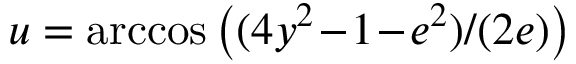
u = \operatorname { a r c c o s } \big ( ( 4 y ^ { 2 } \! - \! 1 \! - \! e ^ { 2 } ) / ( 2 e ) \big )